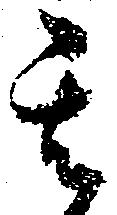
其